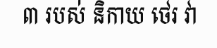
៣ របស់ និកាយ ថេរ វា